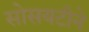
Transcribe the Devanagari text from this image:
सोसयटीने